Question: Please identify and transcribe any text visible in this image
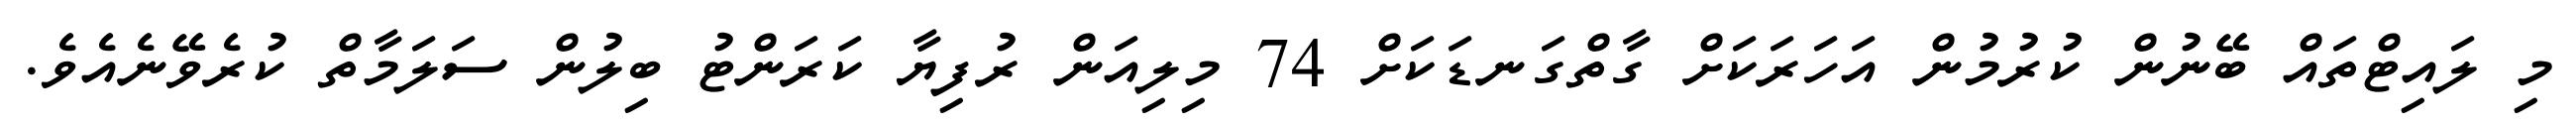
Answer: މި ލައިޓްތައް ބޭނުން ކުރުމުން އަހަރަކަށް ގާތްގަނޑަކަށް 74 މިލިއަން ރުފިޔާ ކަރަންޓު ބިލުން ސަލަމާތް ކުރެވޭނެއެވެ.